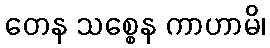
တေန သစ္စေန ကာဟာမိ၊